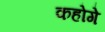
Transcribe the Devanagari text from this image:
कहोगे